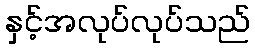
နှင့်အလုပ်လုပ်သည်